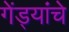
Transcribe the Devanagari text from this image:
गेंड्यांचे